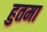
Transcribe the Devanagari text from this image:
हुतमा